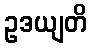
ဥဒယျတိ